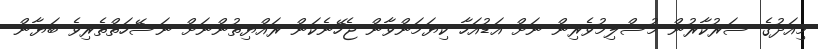
މިއަދުގެ ސަރުކާރުން މުސްލިމުވެރިން ނަށް އަޑުއަހާ ކިޔަމަންވާން ޖެހޭނެކަން ރައްޔިތުންނަށް ނަސޭހަތްތެރިވެ ބަޔާން